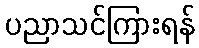
ပညာသင်ကြားရန်